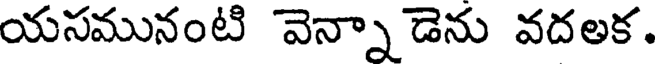
యసమునంటి వెన్నా డెను వదలక.